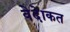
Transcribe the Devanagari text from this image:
वेदेाकत